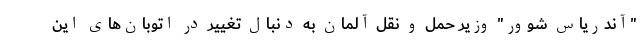
"آندریاس شوور" وزیر حمل و نقل آلمان به دنبال تغییر در اتوبان‌های این